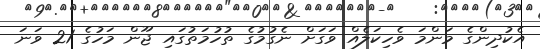
އެކުދިންގެ މަންމަ ވެހިކަލެއް ވަގަށް ނެގުމުގެ ތުހުމަތުގައި ޖޫން މަހުގެ 21 ވަނަ